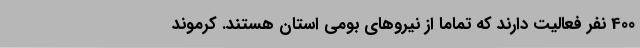
400 نفر فعالیت دارند که تماما از نیروهای بومی استان هستند. کرموند